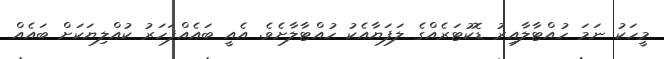
މީހަކު ނަމަ ހުއްޓާލާއިރު ޑޮކުޓަރެއްގެ ލަފަޔާއެކު ހުއްޓާލާށެވެ. އެއީ ބައެއްފަހަރު ކުއްލިޔަކަށް ބައެއް